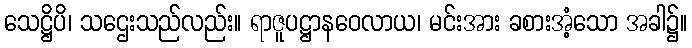
သေဋ္ဌိပိ၊ သဌေးသည်လည်း။ ရာဇူပဋ္ဌာနဝေလာယ၊ မင်းအား ခစားအံ့သော အခါ၌။